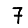
Digit: 7